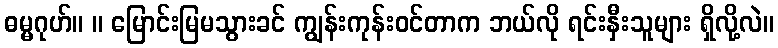
ဓမ္မဂုဟ်။ ။ မြောင်းမြမသွားခင် ကျွန်းကုန်းဝင်တာက ဘယ်လို ရင်းနှီးသူများ ရှိလို့လဲ။